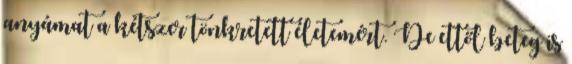
anyámat a kétszer tönkretett életemért. De ettől beteg is